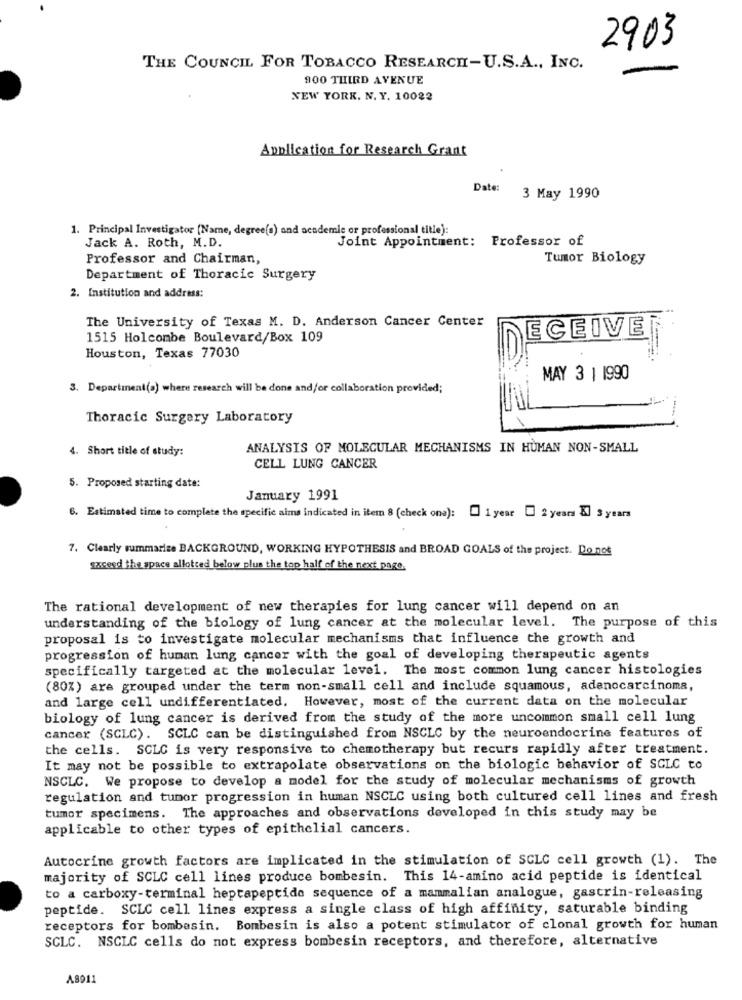
2903
THE COUNCIL FOR TOBACCO RESEARCH-U.S.A ., INC.
900 THIRD AVENUE
NEW YORK. N. Y. 10022
Application for Research Grant
Date:
3 May 1990
1. Principal Investigator [Name, degree(s) and academie or professional title):
Joint Appointment: Professor of
Jack A. Roth, M.D.
Professor and Chairman,
Tumor Biology
Department of Thoracic Surgery
2. Institution and address:
The University of Texas M. D. Anderson Cancer Center
1515 Holcombe Boulevard/Box 109
ECEIVE
Houston, Texas 77030
MAY 3 1 1990
3. Department(a) where research will be done and/or collaboration provided;
Thoracic Surgery Laboratory
4. Short title of study:
ANALYSIS OF MOLECULAR MECHANISMS IN HUMAN NON-SMALL
CELL LUNG CANCER
5. Proposed starting date:
January 1991
6. Estimated time to complete the specific aims indicated in item 8 (check ona):
1 year [ 2 years Kl 3 years
7. Clearly summarize BACKGROUND, WORKING HYPOTHESIS and BROAD GOALS of the project. Do not
sxceed the space allotted below plus the top half of the next page.
The rational development of new therapies for lung cancer will depend on an
understanding of the biology of lung cancer at the molecular level. The purpose of this
proposal is to investigate molecular mechanisms that influence the growth and
progression of human lung cancer with the goal of developing therapeutic agents
specifically targeted at the molecular level. The most common lung cancer histologies
(80%) are grouped under the term non-small cell and include squamous, adenocarcinoma,
and large cell undifferentiated. However, most of the current data on the molecular
biology of lung cancer is derived from the study of the more uncommon small cell lung
cancer (SCLC). SCLC can be distinguished from NSCLC by the neuroendocrine features of
the cells. SCLC is very responsive to chemotherapy but recurs rapidly after treatment.
It may not be possible to extrapolate observations on the biologic behavior of SCLC to
NSCLC. We propose to develop a model for the study of molecular mechanisms of growth
regulation and tumor progression in human NSCLC using both cultured cell lines and fresh
tumor specimens. The approaches and observations developed in this study may be
applicable to other types of epithelial cancers.
Autocrine growth factors are implicated in the stimulation of SCLC cell growth (1). The
majority of SCLC cell lines produce bombesin. This 14-amino acid peptide is identical
to a carboxy-terminal heptapeptide sequence of a mammalian analogue, gastrin-releasing
peptide. SCLC cell lines express a single class of high affinity, saturable binding
receptors for bombasin. Bombesin is also a potent stimulator of clonal growth for human
SCLC. NSCLC cells do not express bombesin receptors, and therefore, alternative
A8911